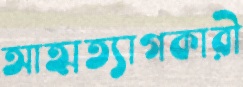
আত্মত্যাগকারী